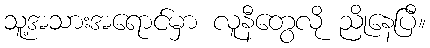
သူ့အသားအရောင်မှာ လူနီတွေလို ညိုနေပြီ။